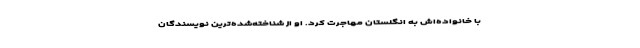
با خانواده‌اش به انگلستان مهاجرت کرد. او از شناخته‌شده‌ترین نویسندگان